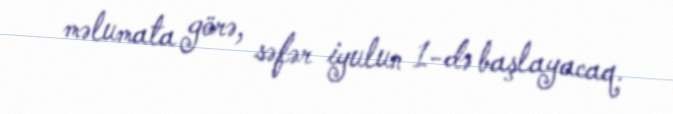
məlumata görə, səfər iyulun 1-də başlayacaq.